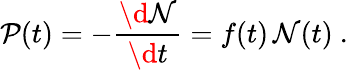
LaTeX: {\cal P}(t)=-\frac{\d{\cal N}}{\d t}=f(t)\, {\cal N}(t)~.